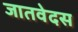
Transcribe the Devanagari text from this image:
जातवेदस